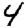
Digit: 4